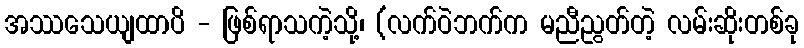
အဿသေယျထာပိ - ဖြစ်ရာသကဲ့သို့၊ (လက်ဝဲဘက်က မညီညွတ်တဲ့ လမ်းဆိုးတစ်ခု